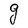
Character: g